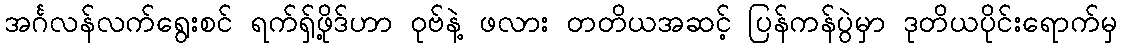
အင်္ဂလန်လက်ရွေးစင် ရက်ရှ်ဖို့ဒ်ဟာ ဝုဗ်နဲ့ ဖလား တတိယအဆင့် ပြန်ကန်ပွဲမှာ ဒုတိယပိုင်းရောက်မှ